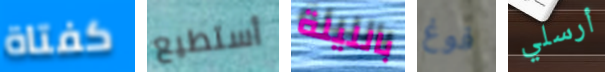
كفتاة أستطيع بالليلة فوغ أرسلي